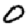
Digit: 0